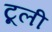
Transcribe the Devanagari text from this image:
टूली